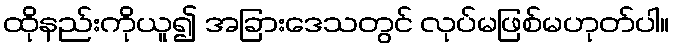
ထိုနည်းကိုယူ၍ အခြားဒေသတွင် လုပ်မဖြစ်မဟုတ်ပါ။